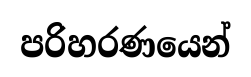
පරිහරණයෙන්